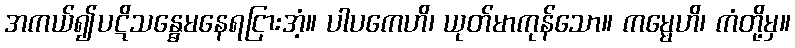
အကယ်၍ပဋိသန္ဓေမနေရငြားအံ့။ ပါပကေဟိ၊ ယုတ်မာကုန်သော။ ကမ္မေဟိ၊ ကံတို့မှ။